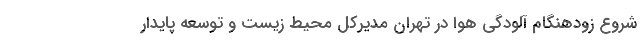
شروع زودهنگام آلودگی هوا در تهران مدیرکل محیط زیست و توسعه پایدار